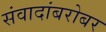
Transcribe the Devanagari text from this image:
संवादांबरोबर